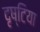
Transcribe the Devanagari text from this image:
दृष्टिया